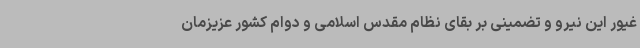
غیور این نیرو و تضمینی بر بقای نظام مقدس اسلامی و دوام کشور عزیزمان